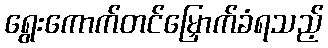
ရွေးကောက်တင်မြှောက်ခံရသည့်